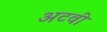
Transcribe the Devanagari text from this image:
अटवी